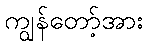
ကျွန်တော့်အား